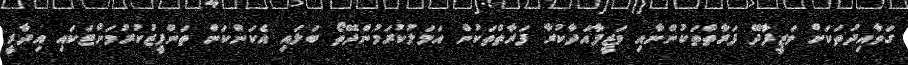
ގަވާއިދުތަކަށް ވަޒީފާދޭ ފަރާތްތަކުންނާއި ވަޒީފާއަދާކުރާ ފަރާތްތަކުން އަމަލުކުރަމުންދޭތޯ ބަލައި އެކަންކަން ތަންފީޒުކުރުމަށްޓަކައި އިދާރީ